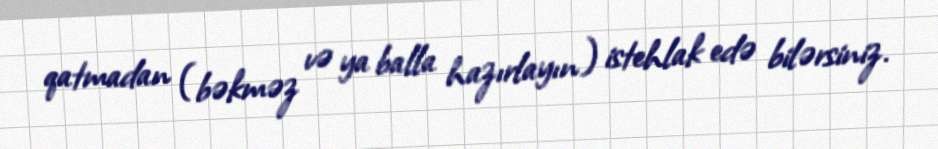
qatmadan (bəkməz və ya balla hazırlayın) istehlak edə bilərsiniz.